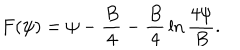
LaTeX: F ( \psi ) = \psi - { \frac { B } { 4 } } - { \frac { B } { 4 } } \ln { \frac { 4 \psi } { B } } .